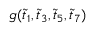
g ( \tilde { t } _ { 1 } , \tilde { t } _ { 3 } , \tilde { t } _ { 5 } , \tilde { t } _ { 7 } )